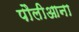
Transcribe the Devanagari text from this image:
पौलीआना